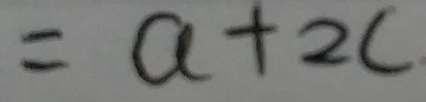
= a + 2 c